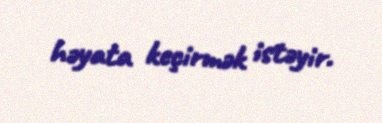
həyata keçirmək istəyir.